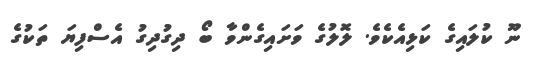
ނޫ ކުލައިގެ ކަޅިއެކެވެ. ލޮލުގެ ވަށައިގެންވާ ބޯ ދިގުދިގު އެސްފިޔަ ތަކުގެ